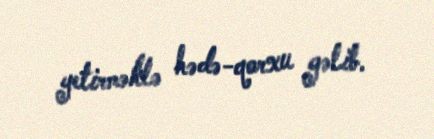
yetirməklə hədə-qorxu gəlib.